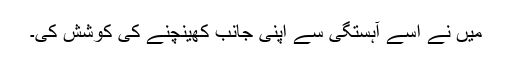
میں نے اسے آہستگی سے اپنی جانب کھینچنے کی کوشش کی۔